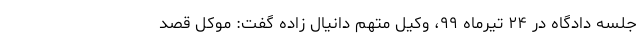
جلسه دادگاه در ۲۴ تیرماه ۹۹، وکیل متهم دانیال زاده گفت: موکل قصد